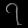
Digit: ၇